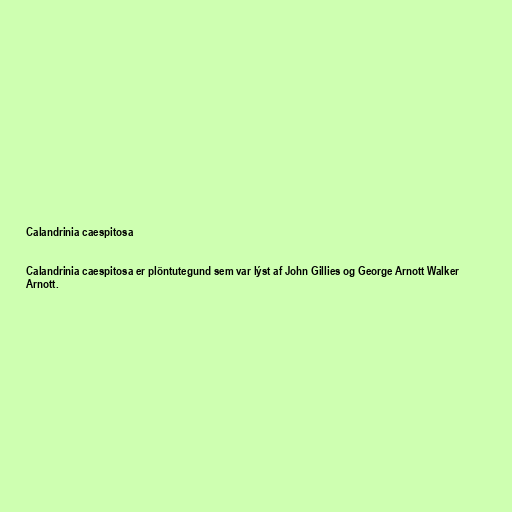
Calandrinia caespitosa

Calandrinia caespitosa er plöntutegund sem var lýst af John Gillies og George Arnott Walker
Arnott.